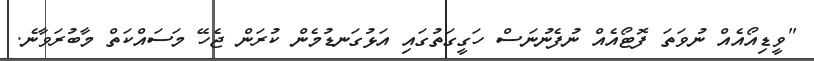
"ވީޑިއޯއެއް ނުވަތަ ފޮޓޯއެއް ނުފެނުނަސް ހަގީގަތުގައި އަޅުގަނޑުމެން ކުރަން ޖެހޭ މަސައްކަތް މާބުރަވާނެ.